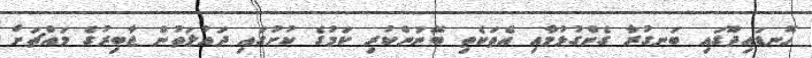
ހޮނޑައިދޫގައި ބަނގުރާ ގެންގުޅުމާއި އެތަކެތި ބޭނުންކުރި ކަމުގެ ކުށުގައި ދައުލަތުން ޖާބިރުގެ މައްޗަށް